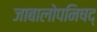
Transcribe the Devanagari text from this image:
जाबालोपनिषद्